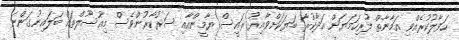
ހަވާލުކުރެއްވި އަމާނާތް ފުރިހަމަޔަށް އަދާކުރާ ބަޔަކަށްވާއިރު ރައީސް ޔާމީންއާއި ސަރުކާރުންވެސް މިއުސޫލްތައް ބަލައިނުގަންނަ